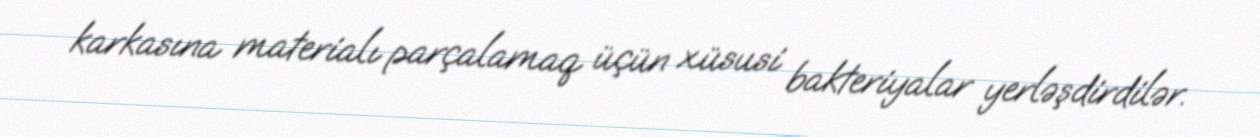
karkasına materialı parçalamaq üçün xüsusi bakteriyalar yerləşdirdilər.